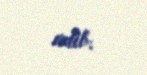
edib.